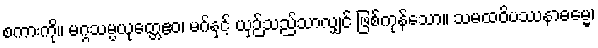
စကားကို။ မဂ္ဂသမ္ပယုတ္တေဧဝ၊ မဂ်နှင့် ယှဉ်သည်သာလျှင် ဖြစ်ကုန်သော။ သမထဝိပဿနာဓမ္မေ၊